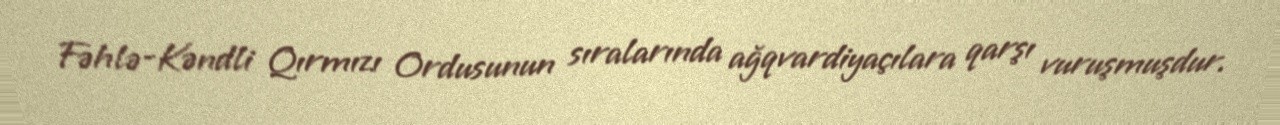
Fəhlə-Kəndli Qırmızı Ordusunun sıralarında ağqvardiyaçılara qarşı vuruşmuşdur.